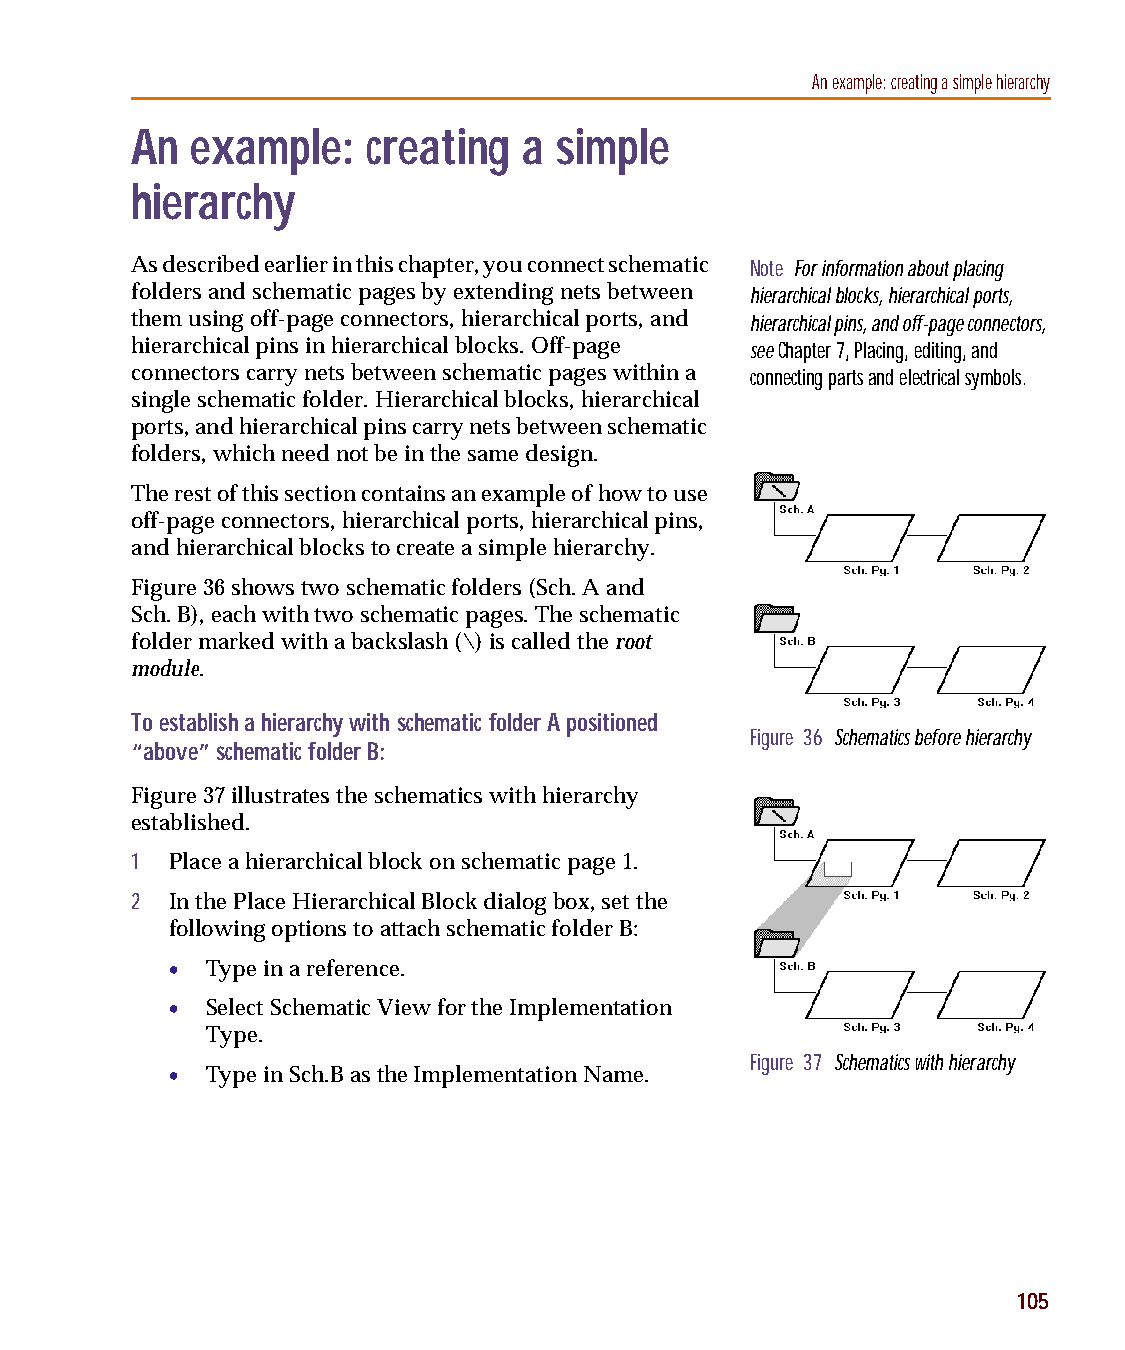
capug.book Page 105 Thursday, November 12, 1998 3:38 PM
 An example: creating a simple hierarchy
 An  example:   creating   a simple
 hierarchy
 As described earlier in this chapter, you connect schematic Note For information about placing
 folders and schematic pages by extending nets between hierarchical blocks, hierarchical ports,
 them using off-page connectors, hierarchical ports, and hierarchical pins, and off-page connectors,
 hierarchical pins in hierarchical blocks. Off-page see Chapter7, Placing, editing, and
 connectors carry nets between schematic pages within a connecting parts and electrical symbols.
 single schematic folder. Hierarchical blocks, hierarchical
 ports, and hierarchical pins carry nets between schematic
 folders, which need not be in the same design.
 The rest of this section contains an example of how to use
 off-page connectors, hierarchical ports, hierarchical pins,
 and hierarchical blocks to create a simple hierarchy.
 Figure36 shows two schematic folders (Sch. A and
 Sch.B), each with two schematic pages. The schematic
 folder marked with a backslash (\) is called the root
 module.
 To establish a hierarchy with schematic folder A positioned
 Figure 36 Schematics before hierarchy
 “above” schematic folder B:
 Figure37 illustrates the schematics with hierarchy
 established.
 1 Place a hierarchical block on schematic page 1.
 2 In the Place Hierarchical Block dialog box, set the
 following options to attach schematic folder B:
 •  Type in a reference.
 •  Select Schematic View for the Implementation
 Type.
 Figure 37 Schematics with hierarchy
 •  Type in Sch.B as the Implementation Name.
 105